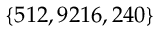
\{ 5 1 2 , 9 2 1 6 , 2 4 0 \}